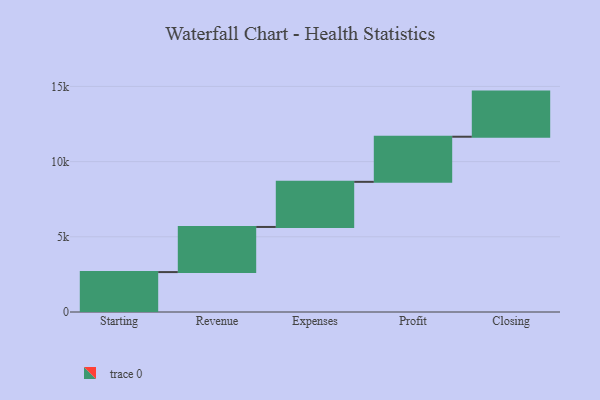
{"axis": {"x": "Step", "y": "Value"}, "legend": [""], "data": [{"x": "Starting", "y": 2654.0, "type": ""}, {"x": "Revenue", "y": 3000, "type": ""}, {"x": "Expenses", "y": 3000, "type": ""}, {"x": "Profit", "y": 3000, "type": ""}, {"x": "Closing", "y": 3000, "type": ""}]}